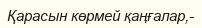
Қарасын көрмей қаңғалар,-